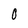
Character: 0